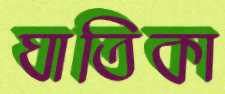
ঘাতিকা